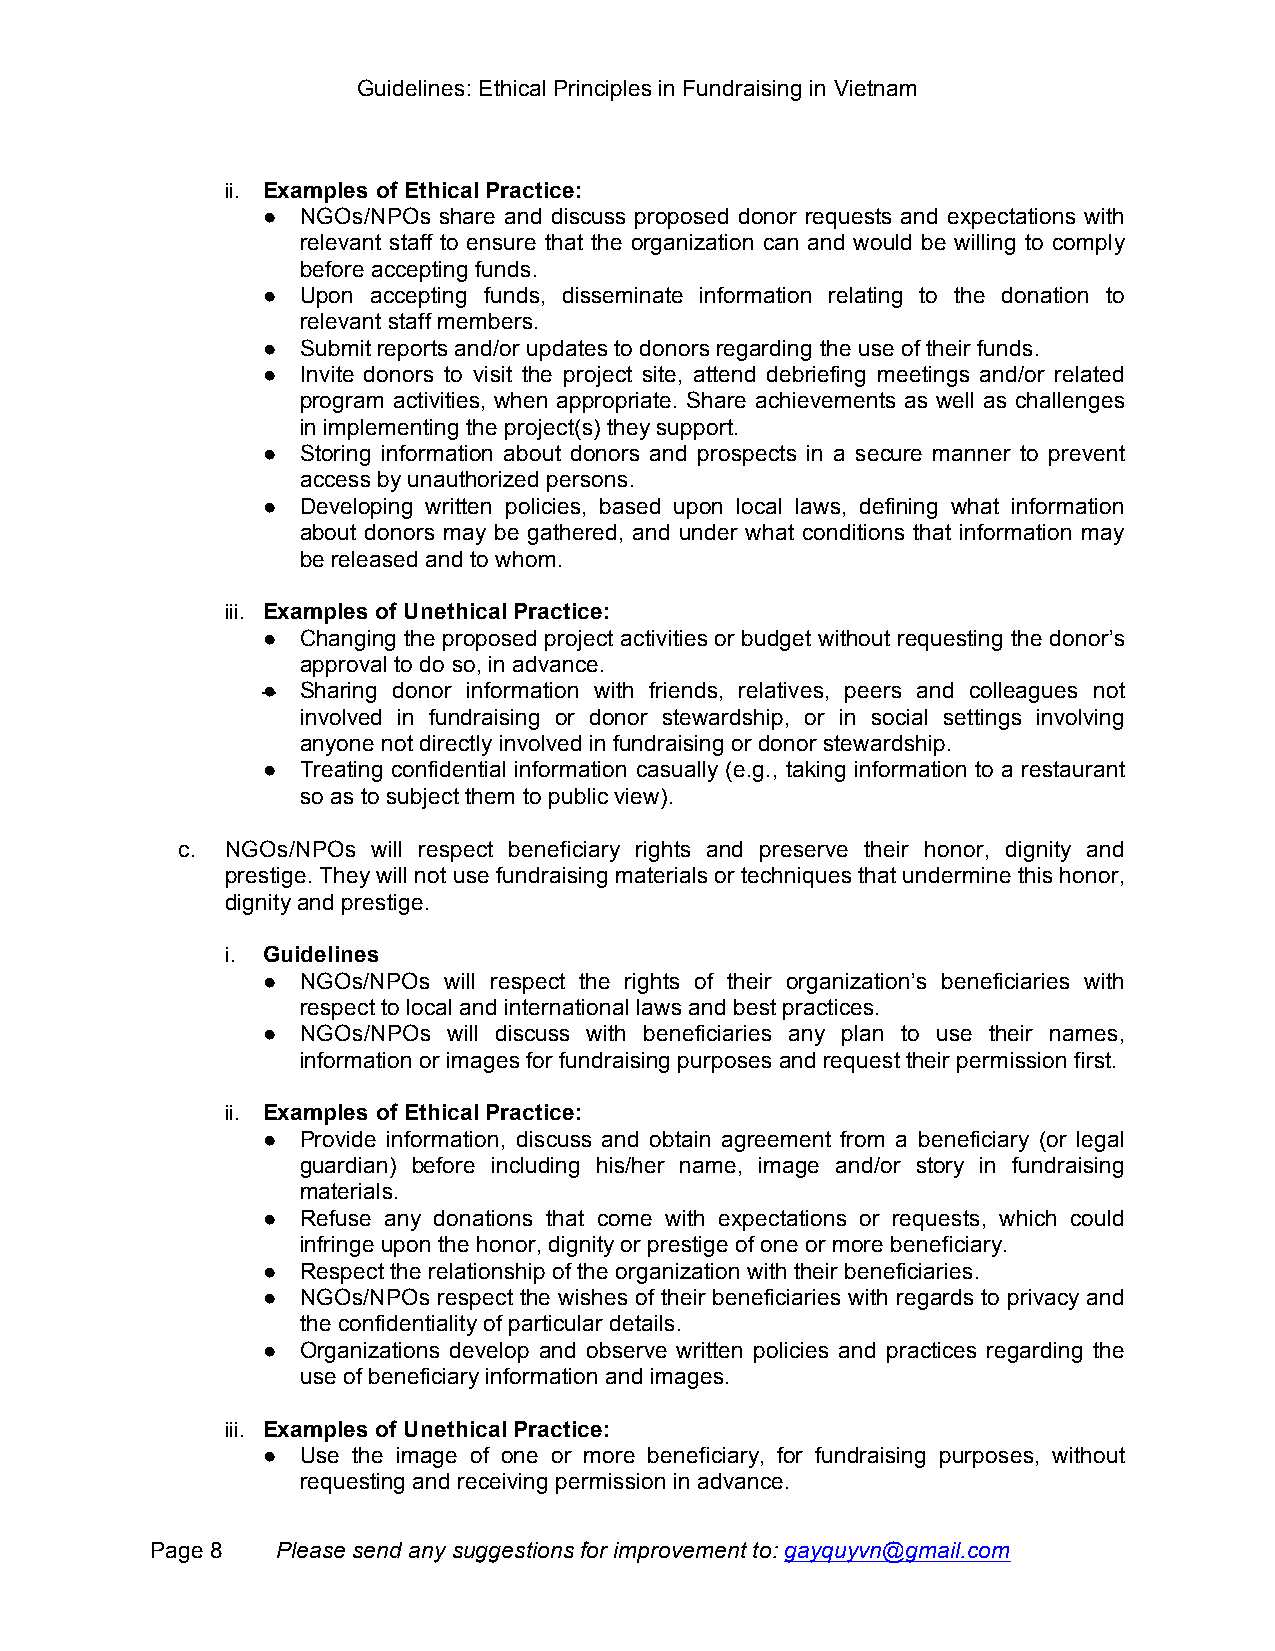
Guidelines: Ethical Principles in Fundraising in Vietnam
 ii. Examples of Ethical Practice:
 ●  NGOs/NPOs share and discuss proposed donor requests and expectations with
 relevant staff to ensure that the organization can and would be willing to comply
 before accepting funds.
 ●  Upon accepting funds, disseminate information relating to the donation to
 relevant staff members.
 ●  Submit reports and/or updates to donors regarding the use of their funds.
 ●  Invite donors to visit the project site, attend debriefing meetings and/or related
 program activities, when appropriate. Share achievements as well as challenges
 in implementing the project(s) they support.
 ●  Storing information about donors and prospects in a secure manner to prevent
 access by unauthorized persons.
 ●  Developing written policies, based upon local laws, defining what information
 about donors may be gathered, and under what conditions that information may
 be released and to whom.
 iii. Examples of Unethical Practice:
 ●  Changing the proposed project activities or budget without requesting the donor’s
 approval to do so, in advance.
 ●  Sharing donor information with friends, relatives, peers and colleagues not
 involved in fundraising or donor stewardship, or in social settings involving
 anyone not directly involved in fundraising or donor stewardship.
 ●  Treating confidential information casually (e.g., taking information to a restaurant
 so as to subject them to public view).
 c. NGOs/NPOs will respect beneficiary rights and preserve their honor, dignity and
 prestige. They will not use fundraising materials or techniques that undermine this honor,
 dignity and prestige.
 i. Guidelines
 ●  NGOs/NPOs will respect the rights of their organization’s beneficiaries with
 respect to local and international laws and best practices.
 ●  NGOs/NPOs will discuss with beneficiaries any plan to use their names,
 information or images for fundraising purposes and request their permission first.
 ii. Examples of Ethical Practice:
 ●  Provide information, discuss and obtain agreement from a beneficiary (or legal
 guardian) before including his/her name, image and/or story in fundraising
 materials.
 ●  Refuse any donations that come with expectations or requests, which could
 infringe upon the honor, dignity or prestige of one or more beneficiary.
 ●  Respect the relationship of the organization with their beneficiaries.
 ●  NGOs/NPOs respect the wishes of their beneficiaries with regards to privacy and
 the confidentiality of particular details.
 ●  Organizations develop and observe written policies and practices regarding the
 use of beneficiary information and images.
 iii. Examples of Unethical Practice:
 ●  Use the image of one or more beneficiary, for fundraising purposes, without
 requesting and receiving permission in advance.
 Page 8  Please send any suggestions for improvement to: gayquyvn@gmail.com